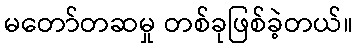
မတော်တဆမှု တစ်ခုဖြစ်ခဲ့တယ်။